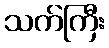
သက်ကြီး